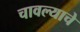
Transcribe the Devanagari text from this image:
चावल्याचे